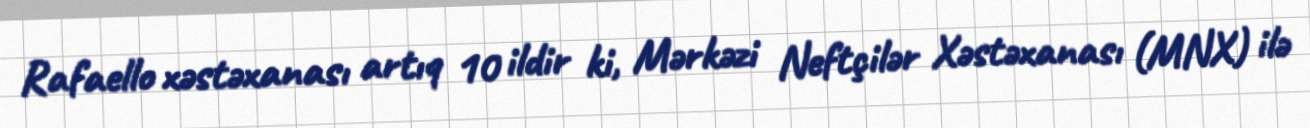
Rafaello xəstəxanası artıq 10 ildir ki, Mərkəzi Neftçilər Xəstəxanası (MNX) ilə